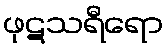
ဖုဋသရီရော